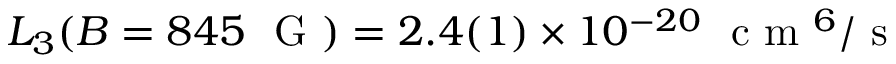
L _ { 3 } ( B = 8 4 5 ~ \mathrm { ~ G ~ } ) = 2 . 4 ( 1 ) \times 1 0 ^ { - 2 0 } ~ \mathrm { ~ c ~ m ~ } ^ { 6 } / \mathrm { ~ s ~ }